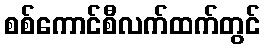
စစ်ကောင်စီလက်ထက်တွင်